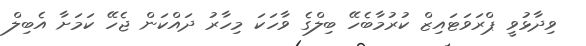
ވިދާޅުވީ ޕްރަވަޓައިޒް ކުރުމާބެހޭ ބިލްގެ ވާހަކަ މިހާރު ދައްކަން ޖެހޭ ކަމަށާ އެބިލް